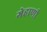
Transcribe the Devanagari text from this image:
गेहाणी